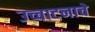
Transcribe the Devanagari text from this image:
उच्चाटनाचे